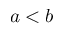
a < b